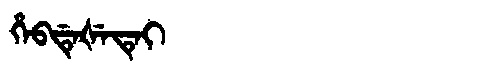
Manchu: ᡥᡝᠪᡩᡝᡧᡝᡨᡝᡳ
Romanization: HEBDEŠETEI